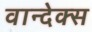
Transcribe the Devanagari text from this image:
वान्देक्स